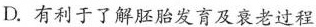
D.有利于了解胚胎发育及衰老过程